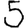
Digit: 5